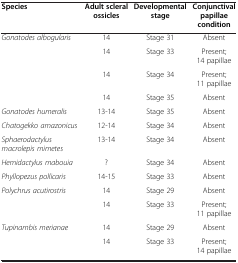
| Species | Adult scleral ossicles | Developmental stage | Conjunctival papillae condition |
 | --- | --- | --- | --- |
 | <ROWSPAN=4> Gonatodes albogularis | 14 | Stage 31 | Absent |
 | 14 | Stage 33 | Present; 14 papillae |
 | 14 | Stage 34 | Present; 11 papillae |
 | 14 | Stage 35 | Absent |
 | Gonatodes humeralis | 13-14 | Stage 35 | Absent |
 | Chatogekko amazonicus | 12-14 | Stage 34 | Absent |
 | Sphaerodactylus macrolepis mimetes | 13-14 | Stage 34 | Absent |
 | Hemidactylus mabouia | ? | Stage 34 | Absent |
 | Phyllopezus pollicaris | 14-15 | Stage 33 | Absent |
 | Polychrus acutirostris | 14 | Stage 29 | Absent |
 |  | 14 | Stage 33 | Present; 11 papillae |
 | Tupinambis merianae | 14 | Stage 29 | Absent |
 |  | 14 | Stage 33 | Present; 14 papillae |